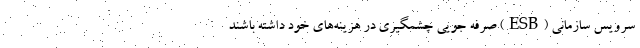
سرویس سازمانی (ESB) صرفه جویی چشمگیری در هزینه‌های خود داشته باشند